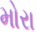
મોરા